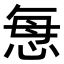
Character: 𢙽